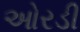
ઓરડી